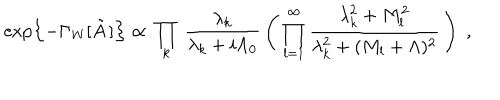
LaTeX: \exp \left\{ - \Gamma _ { \mathrm { W } } [ \tilde { A } \, ] \right\} \propto \, \prod _ { k } \, \frac { \lambda _ { k } } { \lambda _ { k } + i \Lambda _ { 0 } } \, \left( \, \prod _ { l = 1 } ^ { \infty } \frac { \lambda _ { k } ^ { 2 } + M _ { l } ^ { 2 } } { \lambda _ { k } ^ { 2 } + ( M _ { l } + \Lambda ) ^ { 2 } } \, \right) \; ,